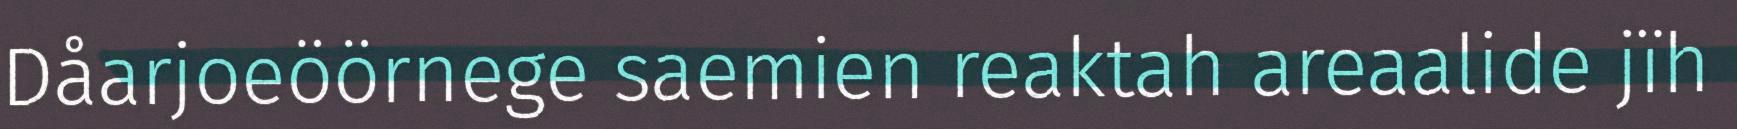
Dåarjoeöörnege saemien reaktah areaalide jïh